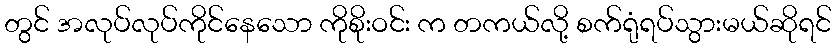
တွင် အလုပ်လုပ်ကိုင်နေသော ကိုစိုးဝင်း က တကယ်လို့ စက်ရုံရပ်သွားမယ်ဆိုရင်